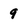
Character: 9